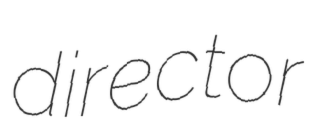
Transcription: director